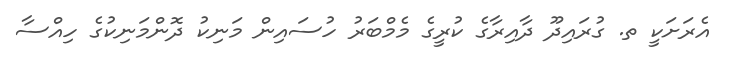
އެރަށަކީ ތ. ގުރައިދޫ ދާއިރާގެ ކުރީގެ މެމްބަރު ހުސައިން މަނިކު ދޮންމަނިކުގެ ހިއްސާ